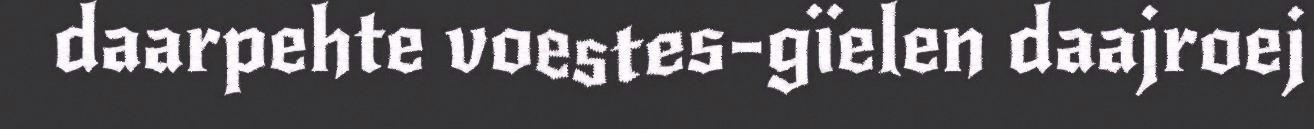
daarpehte voestes-gïelen daajroej